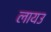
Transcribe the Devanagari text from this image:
लायउ